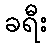
ခရီး